Trukikaitis_Postimees, lk 141
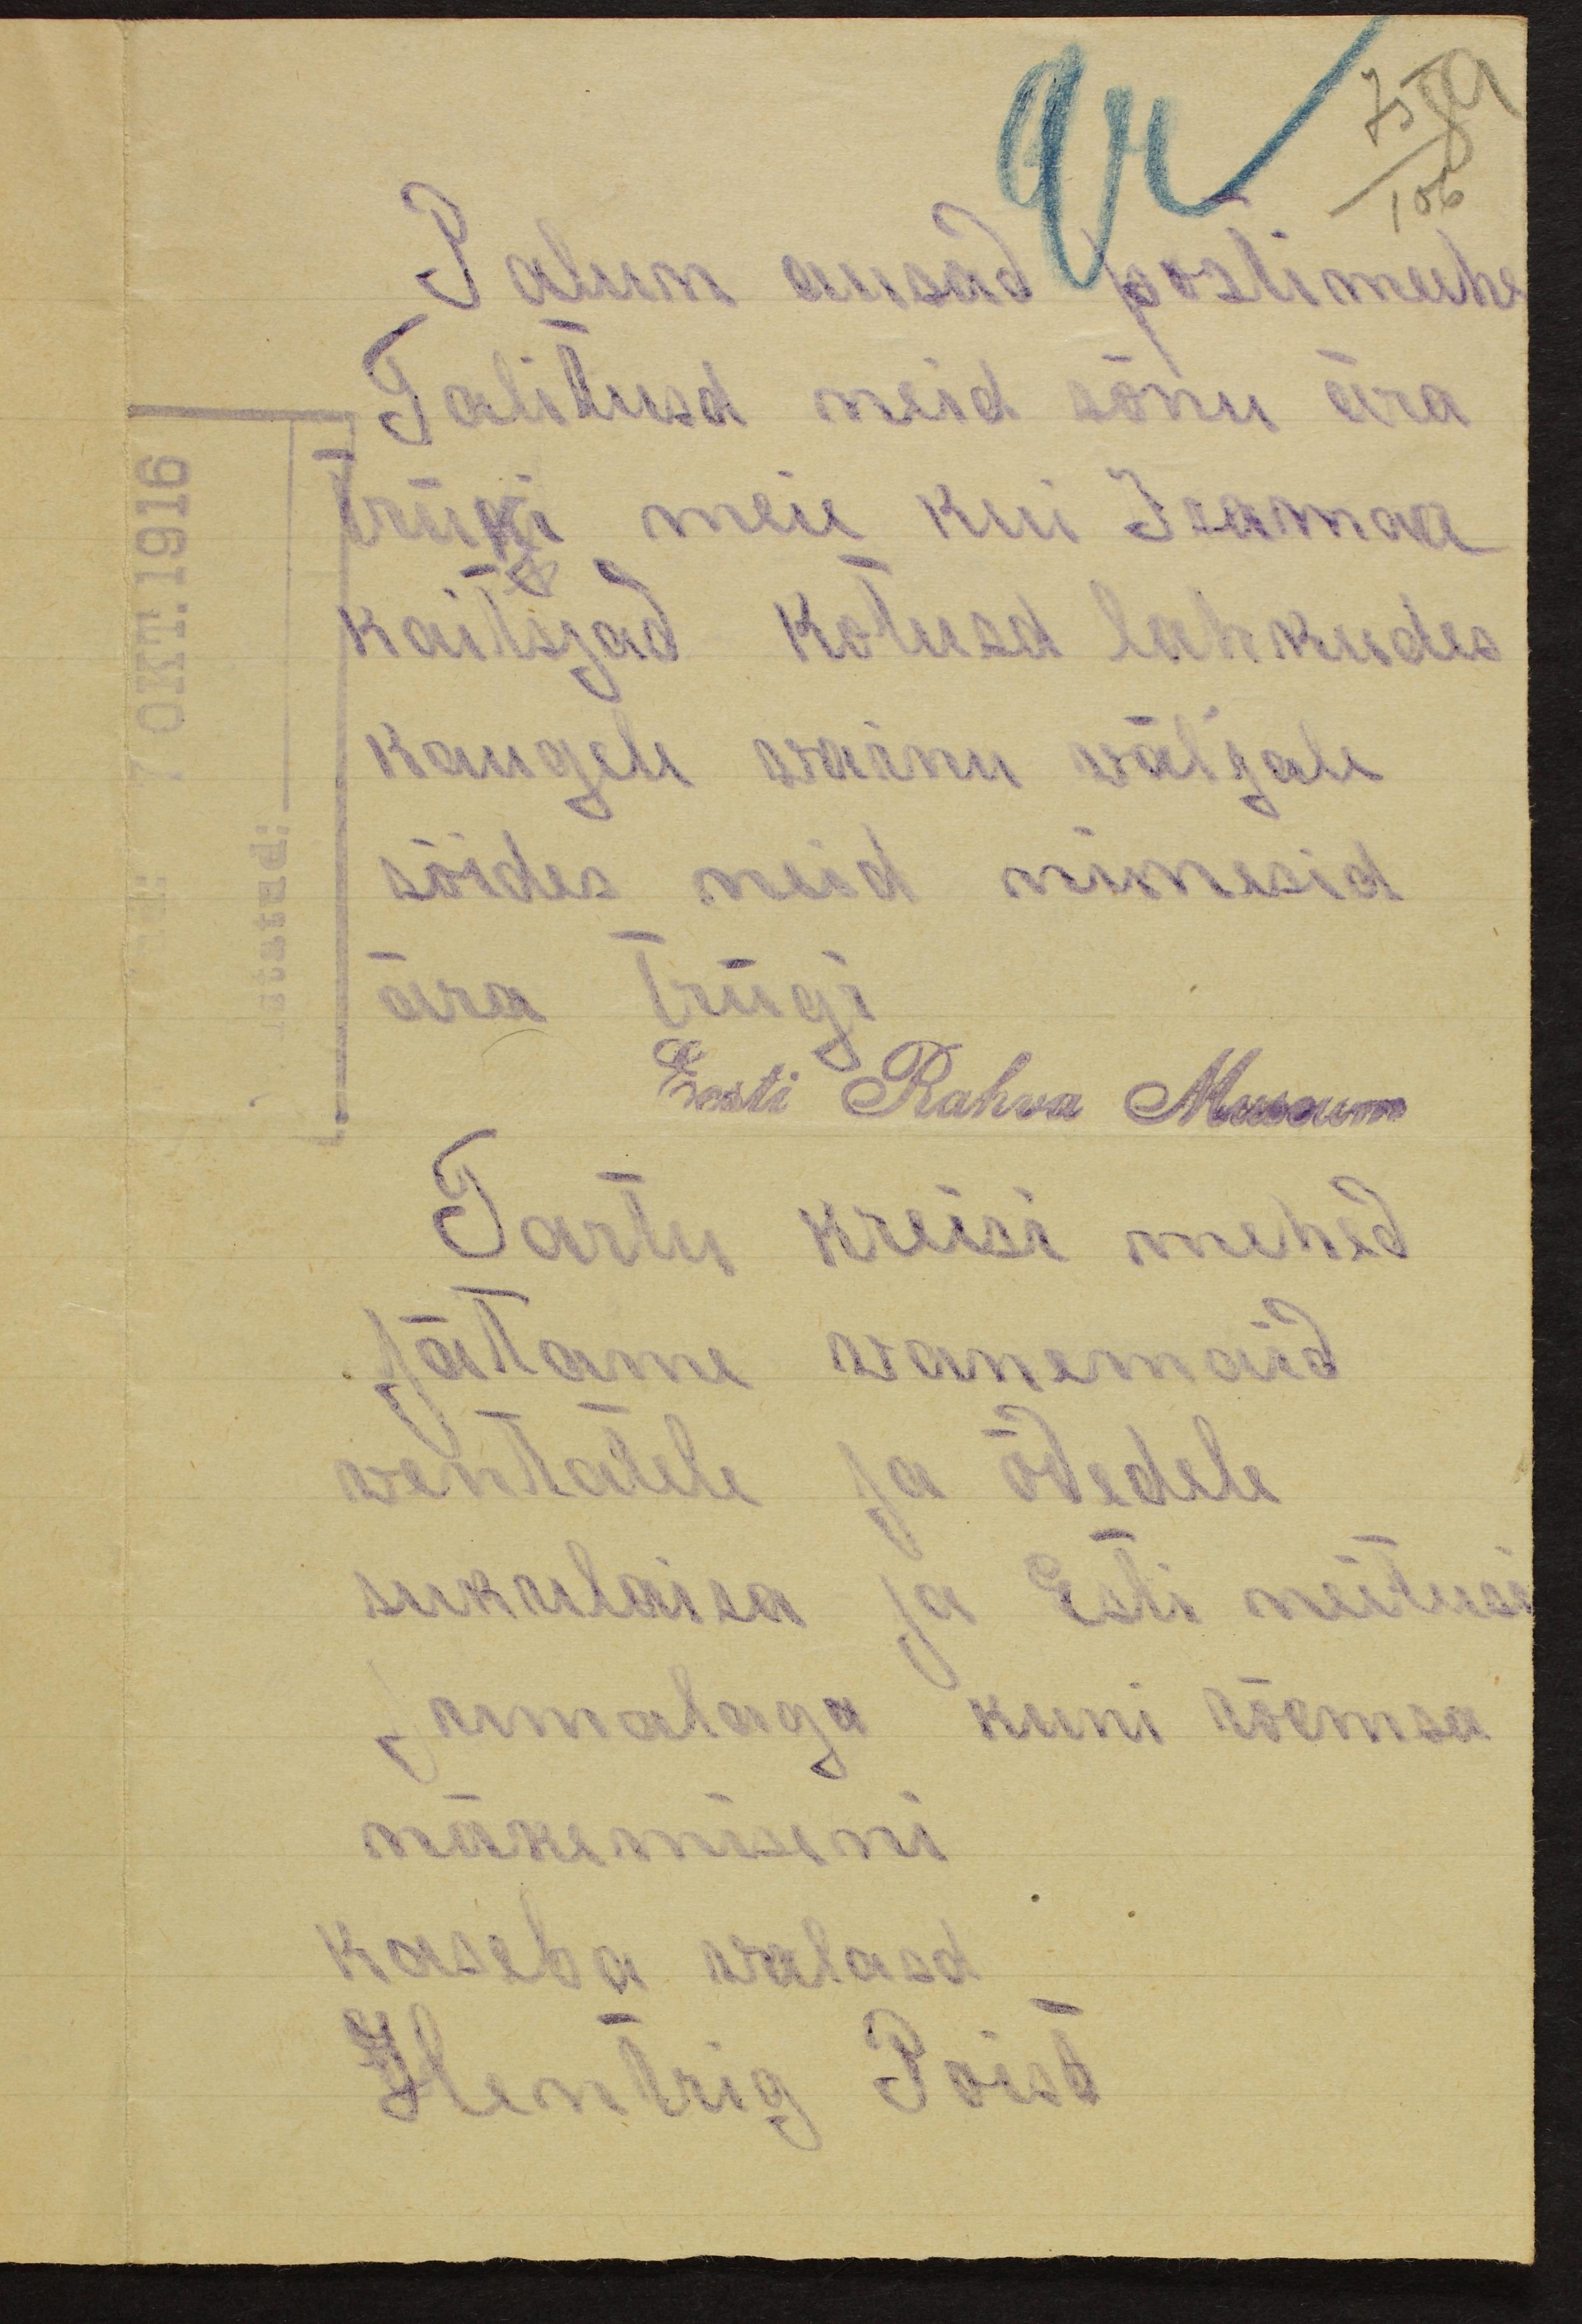
75 89
106
Palun ausad postimeehe
Talitusd meid sõnu ära
trüki meie kui Isaamaa
kaitsjad kotused lahkudes
kaugele wainu wäljale.
sõides neid nimesid
ära Trügi
Eesti Rahva Museum
Tartu kreisi mehed
Jätame vanemaid
wentatele ja õdedele
sukulaisa ja Esti neitusi
jumalaga kuni rõemsa
näkemiseni
kaseba walasd
Hentrig Poist